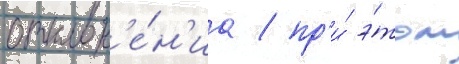
отклон'е́н'иа / пр'и́ э́том